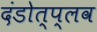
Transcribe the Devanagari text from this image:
दंडोत्प्लव